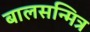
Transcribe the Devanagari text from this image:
बालसन्मित्र